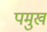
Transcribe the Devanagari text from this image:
पमुख